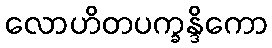
လောဟိတပက္ခန္ဒိကော